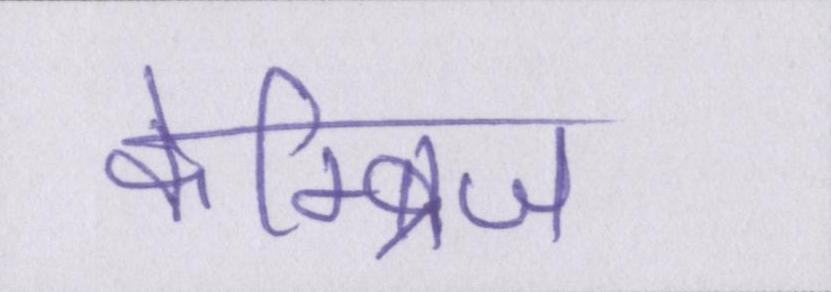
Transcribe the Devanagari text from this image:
केम्ब्रिज